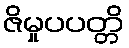
ဇိမှုပပတ္တိ